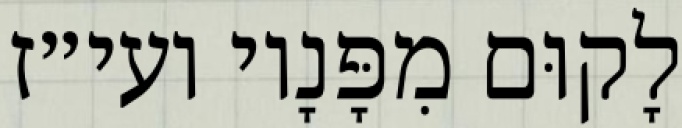
לָקוּם מִפָּנָיו ועי״ז